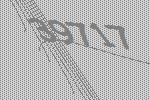
39717